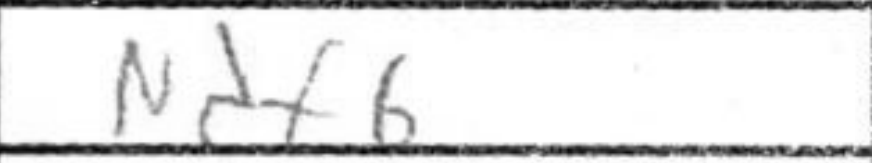
Transcription: Ndf6